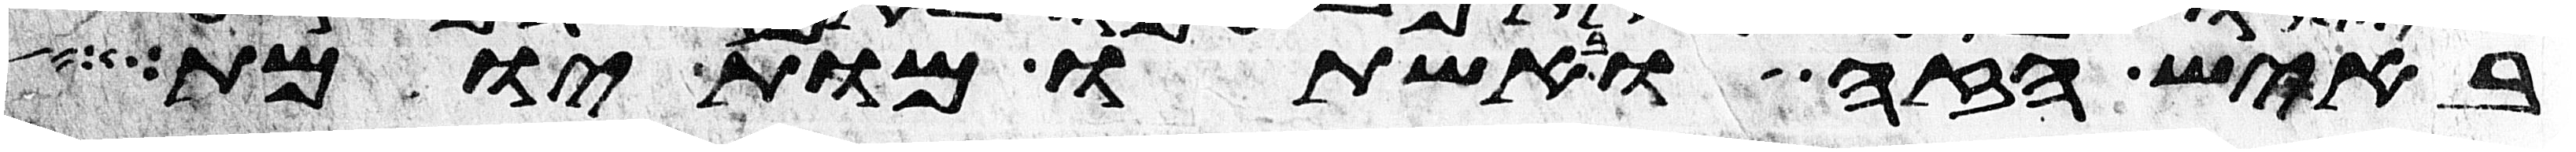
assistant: באיש הזה ובאשתו מות יומת